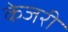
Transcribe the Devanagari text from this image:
केजरी